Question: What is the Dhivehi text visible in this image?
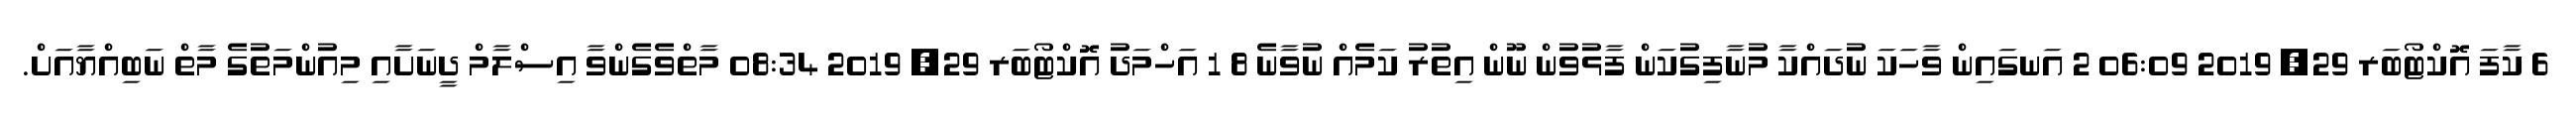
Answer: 6 ކާފަ އޮކްޓޯބަރ 29, 2019 06:09 2 އަނގައިން ވާހަކަ ނުދައްކާ މުނާފިގުކަން ފާޅުވުން ނޫން އިތުރު ކަމެއް ނުވާނެ 8 1 އަހްމަދު އޮކްޓޯބަރ 29, 2019 08:34 މާތްވެގެންވާ އިސްލާމް ދީނަށާއި މިއުންމަތުގެ މާތް ނަބިއްޔާއަށް.